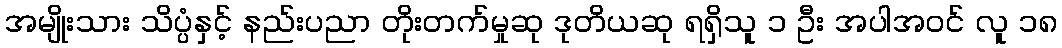
အမျိုးသား သိပ္ပံနှင့် နည်းပညာ တိုးတက်မှုဆု ဒုတိယဆု ရရှိသူ ၁ ဦး အပါအဝင် လူ ၁၈